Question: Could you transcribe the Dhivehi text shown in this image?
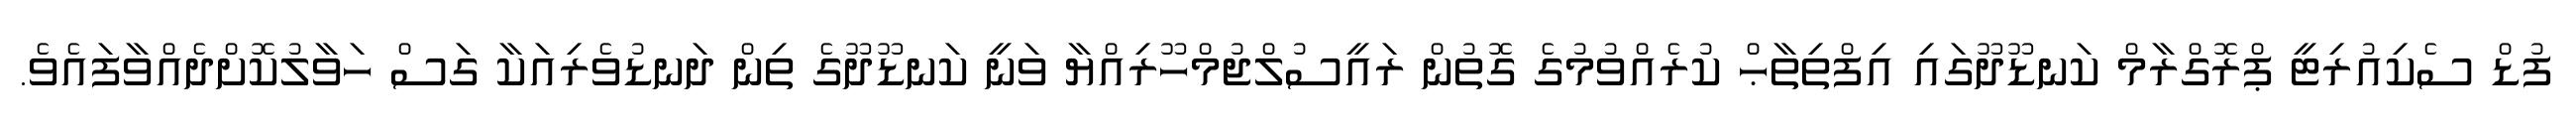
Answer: ފުޑް ސެކިއުރިޓީ ޕްރޮގްރާމް ކަނޑޫދޫގައި އިފްތިތާޙް ކުރެއްވުމުގެ ގޮތުން ރައީސުލްޖުމްހޫރިއްޔާ ވަނީ ކަނޑޫދޫގެ ތިން ދަނޑުވެރިއަކާ ގަސް ހަވާލުކޮށްދެއްވާފައެވެ.